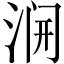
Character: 𱦭